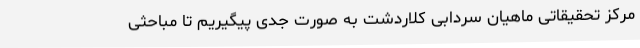
مرکز تحقیقاتی ماهیان سردابی کلاردشت به صورت جدی پیگیریم تا مباحثی